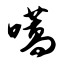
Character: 嚆